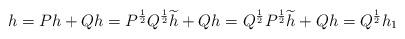
LaTeX: \begin{align*}h = P h + Q h = P^{\frac{1}{2}} Q^{\frac{1}{2}} \widetilde h + Q h= Q^{\frac{1}{2}}P^{\frac{1}{2}} \widetilde h + Q h= Q^{\frac{1}{2}} h_{1}\end{align*}